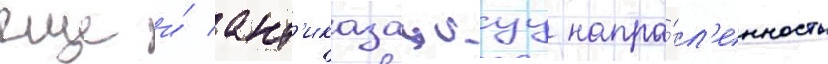
еще и́ ант'иказацкуу напра́вл'енность